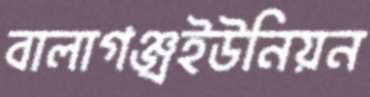
বালাগঞ্জ্রইউনিয়ন